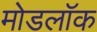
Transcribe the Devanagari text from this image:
मोडलॉक